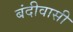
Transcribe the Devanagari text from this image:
बंदीवासी